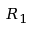
R _ { 1 }